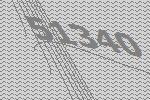
51340